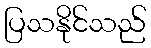
ပြသနိုင်သည်